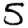
Digit: 5